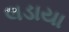
લડાયા